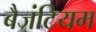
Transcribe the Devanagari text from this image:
बैजंटियम